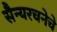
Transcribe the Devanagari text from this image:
सैन्यरचनेचे